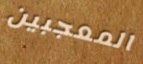
المعجبين